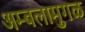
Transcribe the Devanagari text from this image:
अम्बलामुगळ